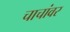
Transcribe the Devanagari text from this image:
चाचांवर